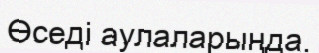
Өседі аулаларыңда.